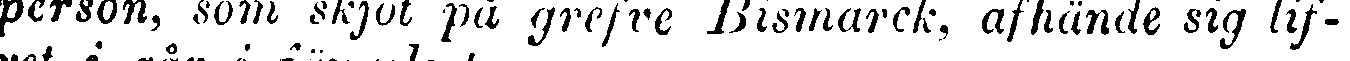
person, som skjöt på grefve Bismarck, afhände sig lif-